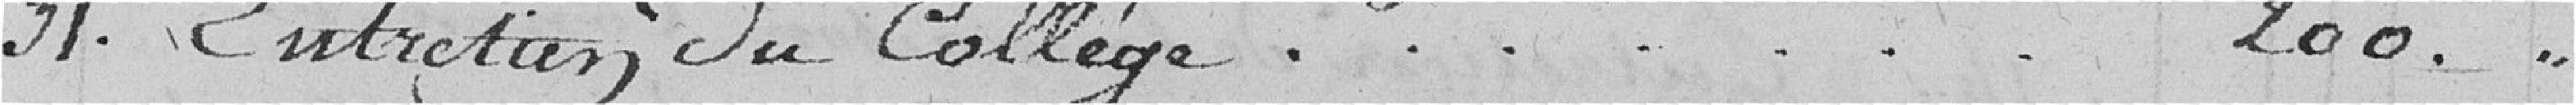
31. Entretien du collège.......200. "